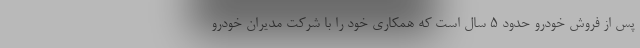
پس از فروش خودرو حدود 5 سال است که همکاری خود را با شرکت مدیران خودرو